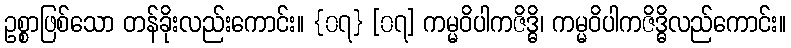
ဥစ္စာဖြစ်သော တန်ခိုးလည်းကောင်း။ {၀၇} [၀၇] ကမ္မဝိပါကဇိဒ္ဓိ၊ ကမ္မဝိပါကဇိဒ္ဓိလည်ကောင်း။